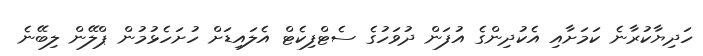
ހަދިޔާކުރާނެ ކަމަށާއި އެކުދިންގެ އުފަން ދުވަހުގެ ސެޓްފިކެޓް އެލައިޑަށް ހުށަހެޅުމުން ޕްލޭން ލިބޭނެ